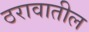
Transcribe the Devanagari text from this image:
ठरावातील